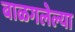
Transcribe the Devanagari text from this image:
बाळगलेल्या